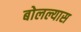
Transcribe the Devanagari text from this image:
बोलल्यास